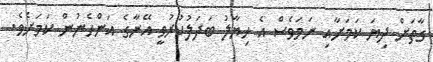
ގާތަށް ދިޔަ ކަމަށާއި ނަމަވެސް އެ ހިޔާލު ބަދަލުކުރުވީ އޭނާގެ އަންހެނުން ކަމަށެވެ.